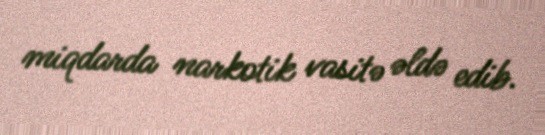
miqdarda narkotik vasitə əldə edib.